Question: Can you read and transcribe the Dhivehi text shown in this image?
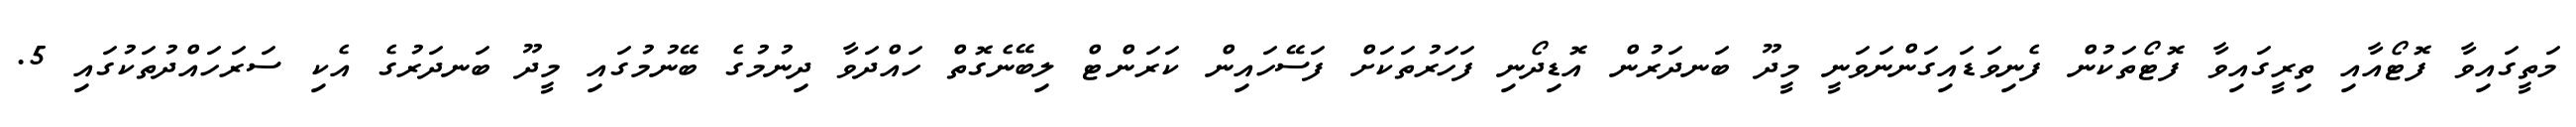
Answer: މަތީގައިވާ ފޮޓޯއާއި ތިރީގައިވާ ފޮޓޯތަކުން ފެނިވަޑައިގަންނަވަނީ މީދޫ ބަނދަރުން އޮޑިދޯނި ފަހަރުތަކަށް ފަސޭހައިން ކަރަންޓް ލިބޭނެގޮތް ހައްދަވާ ދިނުމުގެ ބޭނުމުގައި މީދޫ ބަނދަރުގެ އެކި ސަރަހައްދުތަކުގައި 5.